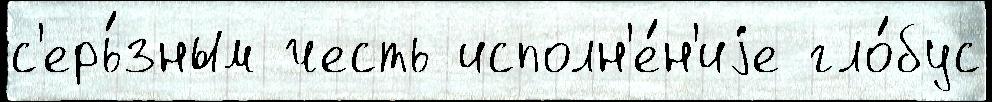
с'ерь́зным честь исполн'е́н'иjе гло́бус